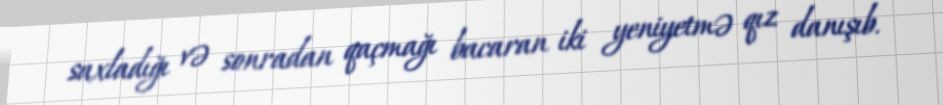
saxladığı və sonradan qaçmağı bacaran iki yeniyetmə qız danışıb.